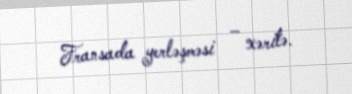
Fransada yerləşməsi – xəritə.